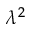
\lambda ^ { 2 }